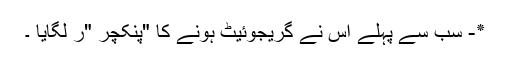
٭- سب سے پہلے اُس نے گریجوئیٹ ہونے کا "پنکچر "ر لگایا ۔